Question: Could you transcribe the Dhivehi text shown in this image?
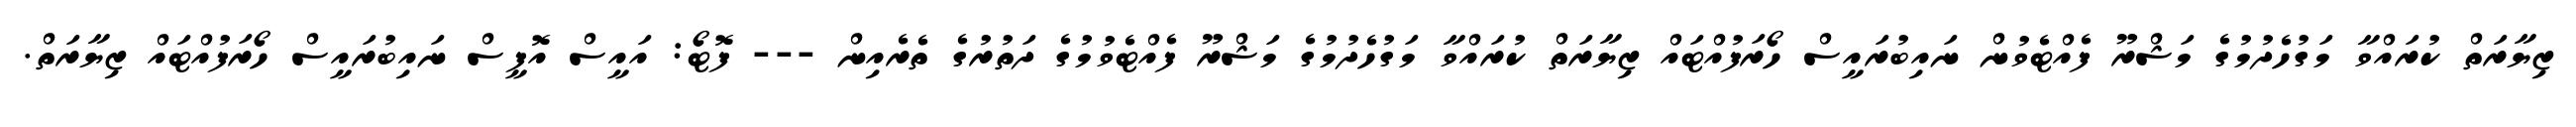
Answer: ޒިޔާރަތް ކުރައްވާ މަގުހެދުމުގެ މަޝްރޫ ފެއްޓެވުން ނައިބުރައީސް ހޯރަފުއްޓައް ޒިޔާރަތް ކުރައްވާ މަގުހެދުމުގެ މަޝްރޫ ފެއްޓެވުމުގެ ދަތުރުގެ ތެރެއިން --- ފޮޓޯ: އައީސް އޮފީސް ނައިބުރައީސް ހޯރަފުއްޓައް ޒިޔާރަތް.